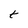
Character: t